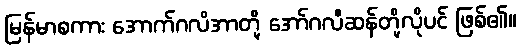
မြန်မာစကား အောက်ဂလိအာတို့ အော်ဂလီဆန်တို့လိုပင် ဖြစ်၏။